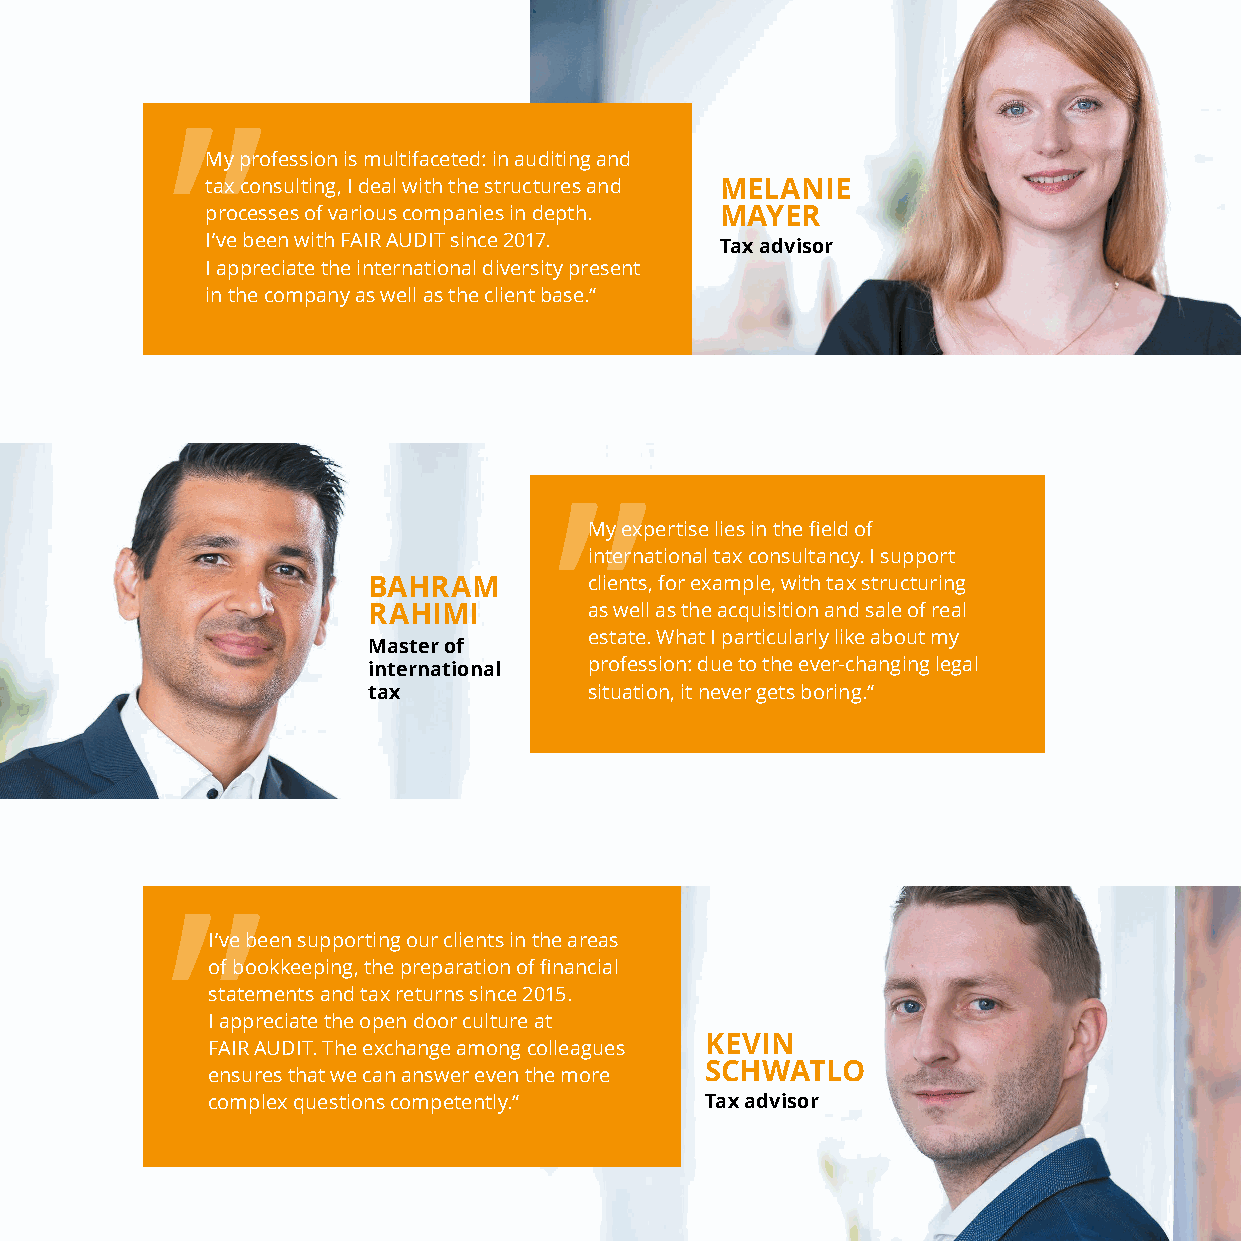
„
 My profession is multifaceted: in auditing and
 tax consulting, I deal with the structures and MELANIE
 processes of various companies in depth. MAYER
 I’ve been with FAIR AUDIT since 2017. Tax advisor
 I appreciate the international diversity present
 in the company as well as the client base.“
 „
 My expertise lies in the field of
 international tax consultancy. I support
 BAHRAM         clients, for example, with tax structuring
 RAHIMI         as well as the acquisition and sale of real
 estate. What I particularly like about my
 Master of
 international  profession: due to the ever-changing legal
 tax            situation, it never gets boring.“
 „
 I’ve been supporting our clients in the areas
 of bookkeeping, the preparation of financial
 statements and tax returns since 2015.
 I appreciate the open door culture at
 KEVIN
 FAIR AUDIT. The exchange among colleagues
 SCHWATLO
 ensures that we can answer even the more
 complex questions competently.“  Tax advisor